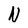
Character: N